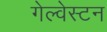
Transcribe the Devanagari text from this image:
गेल्‍वेस्‍टन